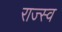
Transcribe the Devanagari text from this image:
राज्स्व